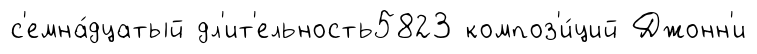
с'емна́дцатый дл'ит'ельность5823 композ'и́ций Джонн'и